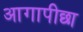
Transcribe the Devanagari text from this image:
आगापीछा